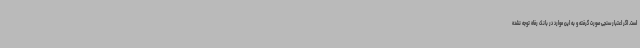
است. اگر اعتبار سنجی صورت گرفته و به این موارد در بانک رفاه توجه نشده